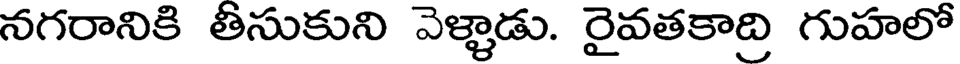
నగరానికి తీసుకుని వెళ్ళాడు. రైవతకాద్రి గుహలో